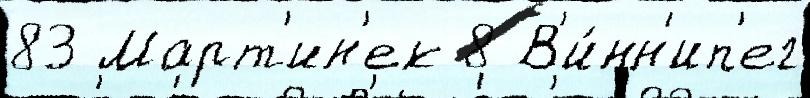
83 Март'ин'ек 8 В'и́нн'ип'ег